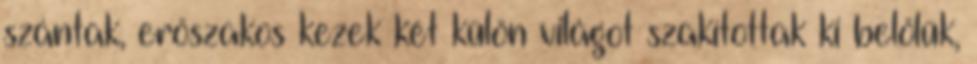
szántak, erőszakos kezek két külön világot szakítottak ki belőlük,